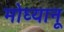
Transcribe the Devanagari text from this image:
मोघ्यानू